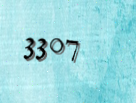
3307